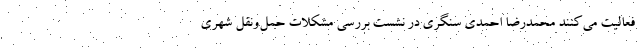
فعالیت می‌کنند محمدرضا احمدی سنگری در نشست بررسی مشکلات حمل‌ونقل شهری